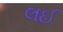
લઈ